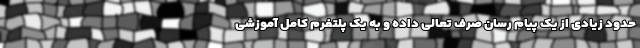
حدود زیادی از یک پیام رسان صرف تعالی داده و به یک پلتفرم کامل آموزشی